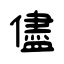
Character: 儘